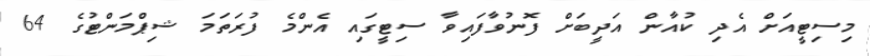
މިސިޓީއަށް އެދި ކުއާން އަދީބަށް ފޮނުވާފައިވާ ސިޓީގައި އެންމެ ފުރަތަމަ ޝިޕްމަންޓުގެ 64